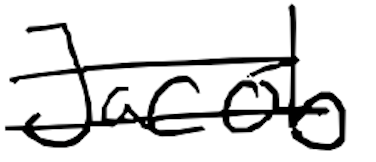
Text: Jacob
Cross-out: double-line
Writing tool: digital_black